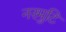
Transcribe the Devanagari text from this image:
नरमुटि